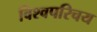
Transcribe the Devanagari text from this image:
विश्वपरिचय